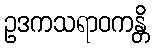
ဥဒကသရာဝကန္တိ